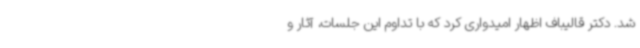
شد. دکتر قالیباف اظهار امیدواری کرد که با تداوم این جلسات، آثار و